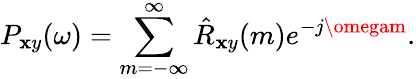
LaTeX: P_{\mathbf{x}y}(\omega)=\sum_{m=-\infty}^{\infty}{\hat{{R}}}_{\mathbf{x}y}(m)e^{-j\omegam}.